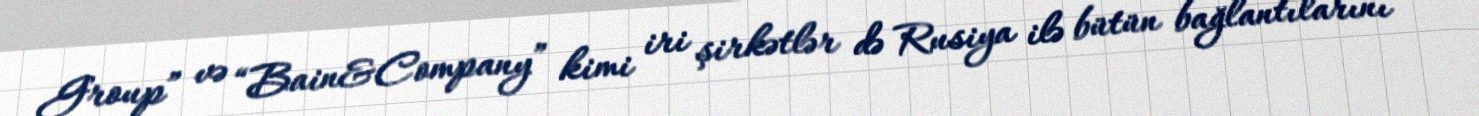
Group” və “Bain&Company” kimi iri şirkətlər də Rusiya ilə bütün bağlantılarını